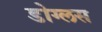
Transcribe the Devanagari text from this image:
डोग्लस